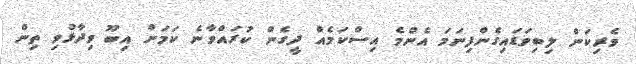
ވެރިކަން ލިބިވަޑައިގެންފިނަމަ އެންމެ އިސްކަމެއް ދީގެން ކުރައްވާނެ ކަމަށް އިބޫ ވިދާޅުވި ތިން